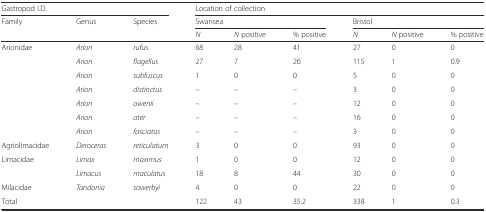
<table><thead><tr><td colspan="3"><b>Gastropod I.D.</b></td><td colspan="6"><b>Location of collection</b></td></tr><tr><td><b>Family</b></td><td><b>Genus</b></td><td><b>Species</b></td><td colspan="3"><b>Swansea</b></td><td colspan="3"><b>Bristol</b></td></tr><tr><td></td><td></td><td></td><td><b><i>N</i></b></td><td><b><i>N</i> positive</b></td><td><b>% positive</b></td><td><b><i>N</i></b></td><td><b><i>N</i> positive</b></td><td><b>% positive</b></td></tr></thead><tbody><tr><td>Arionidae</td><td><i>Arion</i></td><td><i>rufus</i></td><td>68</td><td>28</td><td>41</td><td>27</td><td>0</td><td>0</td></tr><tr><td></td><td><i>Arion</i></td><td><i>flagellus</i></td><td>27</td><td>7</td><td>26</td><td>115</td><td>1</td><td>0.9</td></tr><tr><td></td><td><i>Arion</i></td><td><i>subfuscus</i></td><td>1</td><td>0</td><td>0</td><td>5</td><td>0</td><td>0</td></tr><tr><td></td><td><i>Arion</i></td><td><i>distinctus</i></td><td>–</td><td>–</td><td>–</td><td>3</td><td>0</td><td>0</td></tr><tr><td></td><td><i>Arion</i></td><td><i>owenii</i></td><td>–</td><td>–</td><td>–</td><td>12</td><td>0</td><td>0</td></tr><tr><td></td><td><i>Arion</i></td><td><i>ater</i></td><td>–</td><td>–</td><td>–</td><td>16</td><td>0</td><td>0</td></tr><tr><td></td><td><i>Arion</i></td><td><i>fasciatus</i></td><td>–</td><td>–</td><td>–</td><td>3</td><td>0</td><td>0</td></tr><tr><td>Agriolimacidae</td><td><i>Deroceras</i></td><td><i>reticulatum</i></td><td>3</td><td>0</td><td>0</td><td>93</td><td>0</td><td>0</td></tr><tr><td>Limacidae</td><td><i>Limax</i></td><td><i>maximus</i></td><td>1</td><td>0</td><td>0</td><td>12</td><td>0</td><td>0</td></tr><tr><td></td><td><i>Limacus</i></td><td><i>maculatus</i></td><td>18</td><td>8</td><td>44</td><td>30</td><td>0</td><td>0</td></tr><tr><td>Milacidae</td><td><i>Tandonia</i></td><td><i>sowerbyi</i></td><td>4</td><td>0</td><td>0</td><td>22</td><td>0</td><td>0</td></tr><tr><td>Total</td><td></td><td></td><td>122</td><td>43</td><td>35.2</td><td>338</td><td>1</td><td>0.3</td></tr></tbody></table>